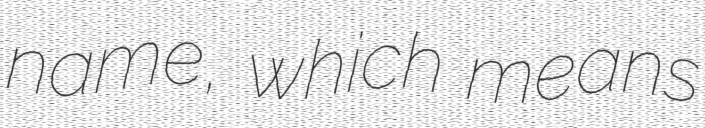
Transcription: name, which means